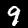
Digit: 9